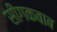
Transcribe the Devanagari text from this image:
सीगकबाब